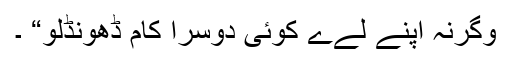
وگرنہ اپنے لےے کوئی دوسرا کام ڈھونڈلو“ ۔